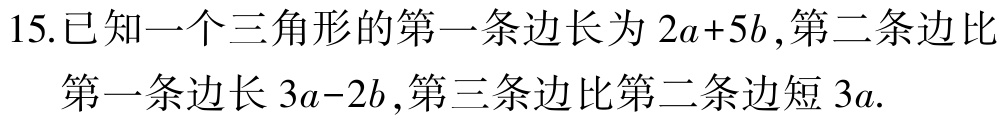
15.已知一个三角形的第一条边长为\(2a + 5b\),第二条边比

第一条边长\(3a - 2b\),第三条边比第二条边短\(3a\).